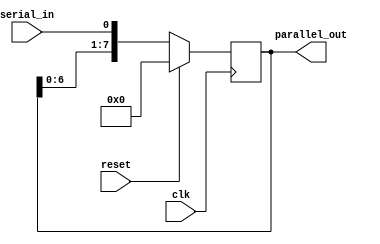
module serial_in_parallel_out
(
    input wire clk,
    input wire reset,
    input wire serial_in,
    output reg [7:0] parallel_out
);

reg [7:0] shift_register;

always @(posedge clk)
begin
    if(reset)
    begin
        shift_register <= 8'b0;
    end
    else
    begin
        shift_register <= {shift_register[6:0], serial_in};
    end
end

assign parallel_out = shift_register;

endmodule